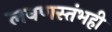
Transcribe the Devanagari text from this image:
लवणस्तंभही